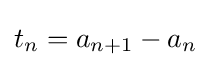
t_{n}=a_{n+1}-a_{n}